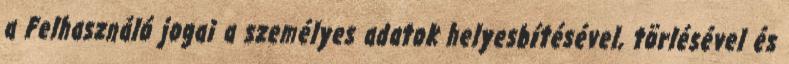
a Felhasználó jogai a személyes adatok helyesbítésével, törlésével és